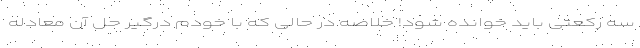
سه رکعتی باید خوانده شود! خلاصه در حالی که با خودم درگیر حل آن معادله